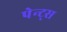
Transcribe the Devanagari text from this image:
पेन्ट्स